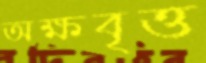
অক্ষবৃত্ত